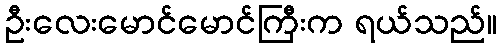
ဦးလေးမောင်မောင်ကြီးက ရယ်သည်။